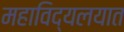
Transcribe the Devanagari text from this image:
महाविद्यलयात